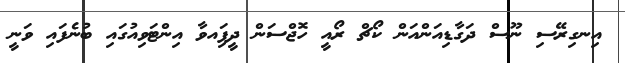
އިނގިރޭސި ނޫސް ދަގާޑިއަންއަން ކޯޗް ރޯއީ ހޮޖްސަން ދީފަިއވާ އިންޓަވިއުގައި ބުނެފައި ވަނީ